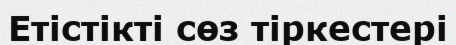
Етістікті сөз тіркестері